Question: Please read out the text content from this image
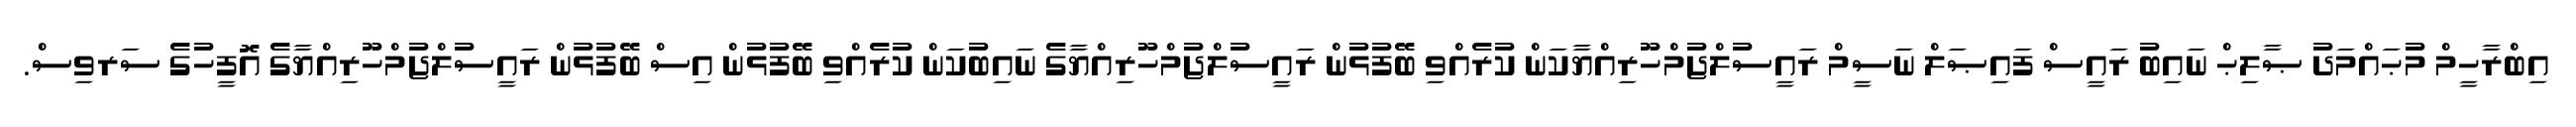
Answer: އިބްރާހީމް މުޙައްމަދު ޞާލިޙް ނައިބު ރައީސް ފައިޞަލް ނަސީމް ރައީސުލްޖުމްހޫރިއްޔާކަން ކުރެއްވި ބޭފުޅުން ރައީސުލްޖުމްހޫރިއްޔާގެ ނައިބުކަން ކުރެއްވި ބޭފުޅުން އިސް ބޭފުޅުން ރައީސުލްޖުމްހޫރިއްޔާގެ އޮފީހުގެ ސަރވިސް.